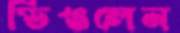
ডিঙলেন